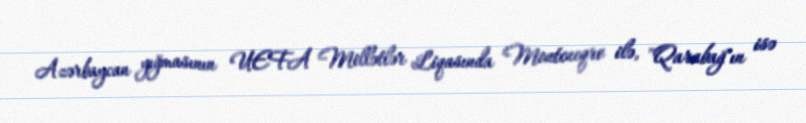
Azərbaycan yığmasının UEFA Millətlər Liqasında Monteneqro ilə, "Qarabağ"ın isə